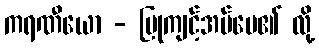
ကရဏီယော - ပြုကျင့်အပ်ပေ၏ လို့